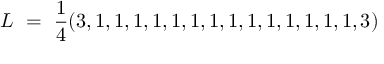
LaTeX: L \ = \ { \frac { 1 } { 4 } } ( 3 , 1 , 1 , 1 , 1 , 1 , 1 , 1 , 1 , 1 , 1 , 1 , 1 , 1 , 1 , 3 )